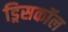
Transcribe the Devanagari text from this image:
ड्रिसकॉल